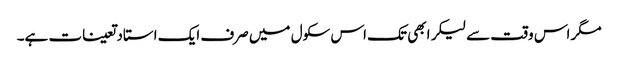
مگر اس وقت سے لیکر ابھی تک اس سکول میں صرف ایک استاد تعینات ہے۔